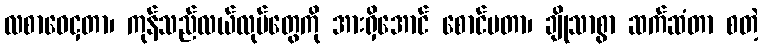
လစာဝေငှတာ၊ ကုန်သည်လယ်လုပ်တွေကို အားရှိအောင် စောင်မတာ၊ ချိုသာစွာ ဆက်ဆံတာ စတဲ့